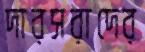
দারসরাদের